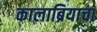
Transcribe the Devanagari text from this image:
कालाब्रियाचा